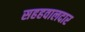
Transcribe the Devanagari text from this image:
सहहवालदार